Vaccination Hyderabad 1872-1889 - 1872-1889
Year: 1872
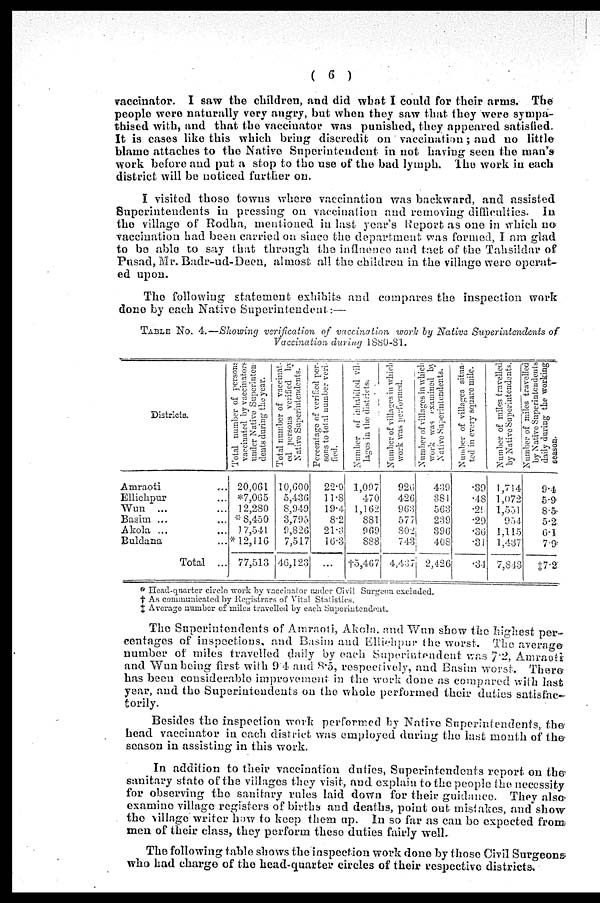
( 6 )
vaccinator. I saw the children, and did what I could for their arms. The
people were naturally very angry, but when they saw that they were sympa-
thised with, and that the vaccinator was punished, they appeared satisfied.
It is cases like this which bring discredit on vaccination; and no little
blame attaches to the Native Superintendent in not having seen the man's
work before and put a stop to the use of the bad lymph. The work in each
district will be noticed further on.
I visited those towns where vaccination was backward, and assisted
Superintendents in pressing on vaccination and removing difficulties. In
the village of Rodha, mentioned in last year's Report as one in which no
vaccination had been carried on since the department was formed, I am glad
to be able to say that through the influence and tact of the Tahsildar of
Pusad, Mr. Badr-ud-Deen, almost all the children in the village were operat-
ed upon.
The following statement exhibits and compares the inspection work
done by each Native Superintendent:—
TABLE No. 4.—Showing verification of vaccination work by Native Superintendents of
Vaccination during 1880-81.
Districts.
Amraoti ...
Ellichpur ...
Wun ... ...
Basim ... ...
Akola ... ...
Buldana ... ...
Total ...
Total number of persons
vaccinated by vaccinator
under Native Superinten-
dents during the year.
20,061
*7,065
12,230
* 8,450
17,541
* 12,116
77,513
Total number of vaccinat-
ed persons verified by
Native Superintendents.
10,600
5,436
8,949
3,795
9,826
7,517
46,123
Percentage of verified per-
sons to total number veri-
fied.
22.0
11.8
19.4
8.2
21.3
16.3
...
Number of inhabited vil-
lages in the districts.
1,097
470
1,162
881
969
888
†5,467
Number of villages in which
work was performed.
926
426
963
577
802
743
4,437
Number of villages in which
work was examined by
Native Superintendents.
439
381
563
239
396
408
2,426
Number of villages situa-
ted in every square mile.
.39
.48
.29
.20
.36
.31
.31
Number of miles travelled
by Native Superintendents.
1,714
1,072
1,551
954
1,115
1,437
7,843
Number of miles travelled
by Native Superintendents
daily during the working
season.
9.4
5.9
8.5
5.2
6.1
7.9
‡7.2
* Head-quarter circle work by vaccinator under Civil Surgeon excluded.
† As communicated by Registrars of Vital Statistics.
‡ Average number of miles travelled by each Superintendent.
The Superintendents of Amraoti, Akola, and Wun show the highest per-
centages of inspections, and Basim and Ellichpur the worst. The average
number of miles travelled daily by each Superintendent was 7.2, Amraoti
and Wun being first with 9.4 and 8.5, respectively, and Basim worst. There
has been considerable improvement in the work done as compared with last
year, and the Superintendents on the whole performed their duties satisfac-
torily.
Besides the inspection work performed by Native Superintendents, the
head vaccinator in each district was employed during the last month of the
season in assisting in this work.
In addition to their vaccination duties, Superintendents report on the
sanitary state of the villages they visit, and explain to the people the necessity
for observing the sanitary rules laid down for their guidance. They also
examine village registers of births and deaths, point out mistakes, and show
the village writer how to keep them up. In so far as can be expected from
men of their class, they perform these duties fairly well.
The following table shows the inspection work done by those Civil Surgeons
who had charge of the head-quarter circles of their respective districts.